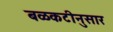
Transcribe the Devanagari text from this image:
बळकटीनुसार